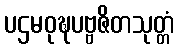
ပဌမဝုဍ္ဎပဗ္ဗဇိတသုတ္တံ